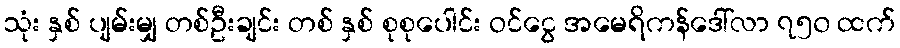
သုံး နှစ် ပျမ်းမျှ တစ်ဦးချင်း တစ် နှစ် စုစုပေါင်း ဝင်ငွေ အမေရိကန်ဒေါ်လာ ၇၅၀ ထက်